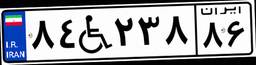
۰۹W۹۱۲۱۱